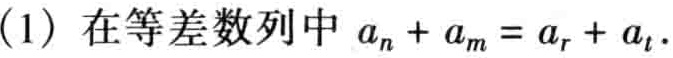
(1) 在等差数列中 \(a_{n}+a_{m}=a_{r}+a_{t}\).